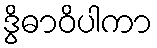
ဒွိဓာဝိပါကာ